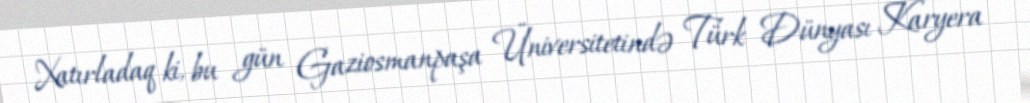
Xatırladaq ki, bu gün Gaziosmanpaşa Üniversitetində Türk Dünyası Karyera